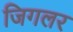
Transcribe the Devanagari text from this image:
जिगलर